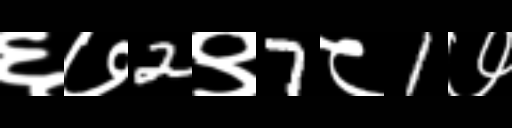
Text: ६७2९7८1७